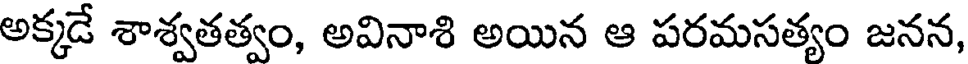
అక్కడే శాశ్వతత్వం, అవినాశి అయిన ఆ పరమసత్యం జనన,